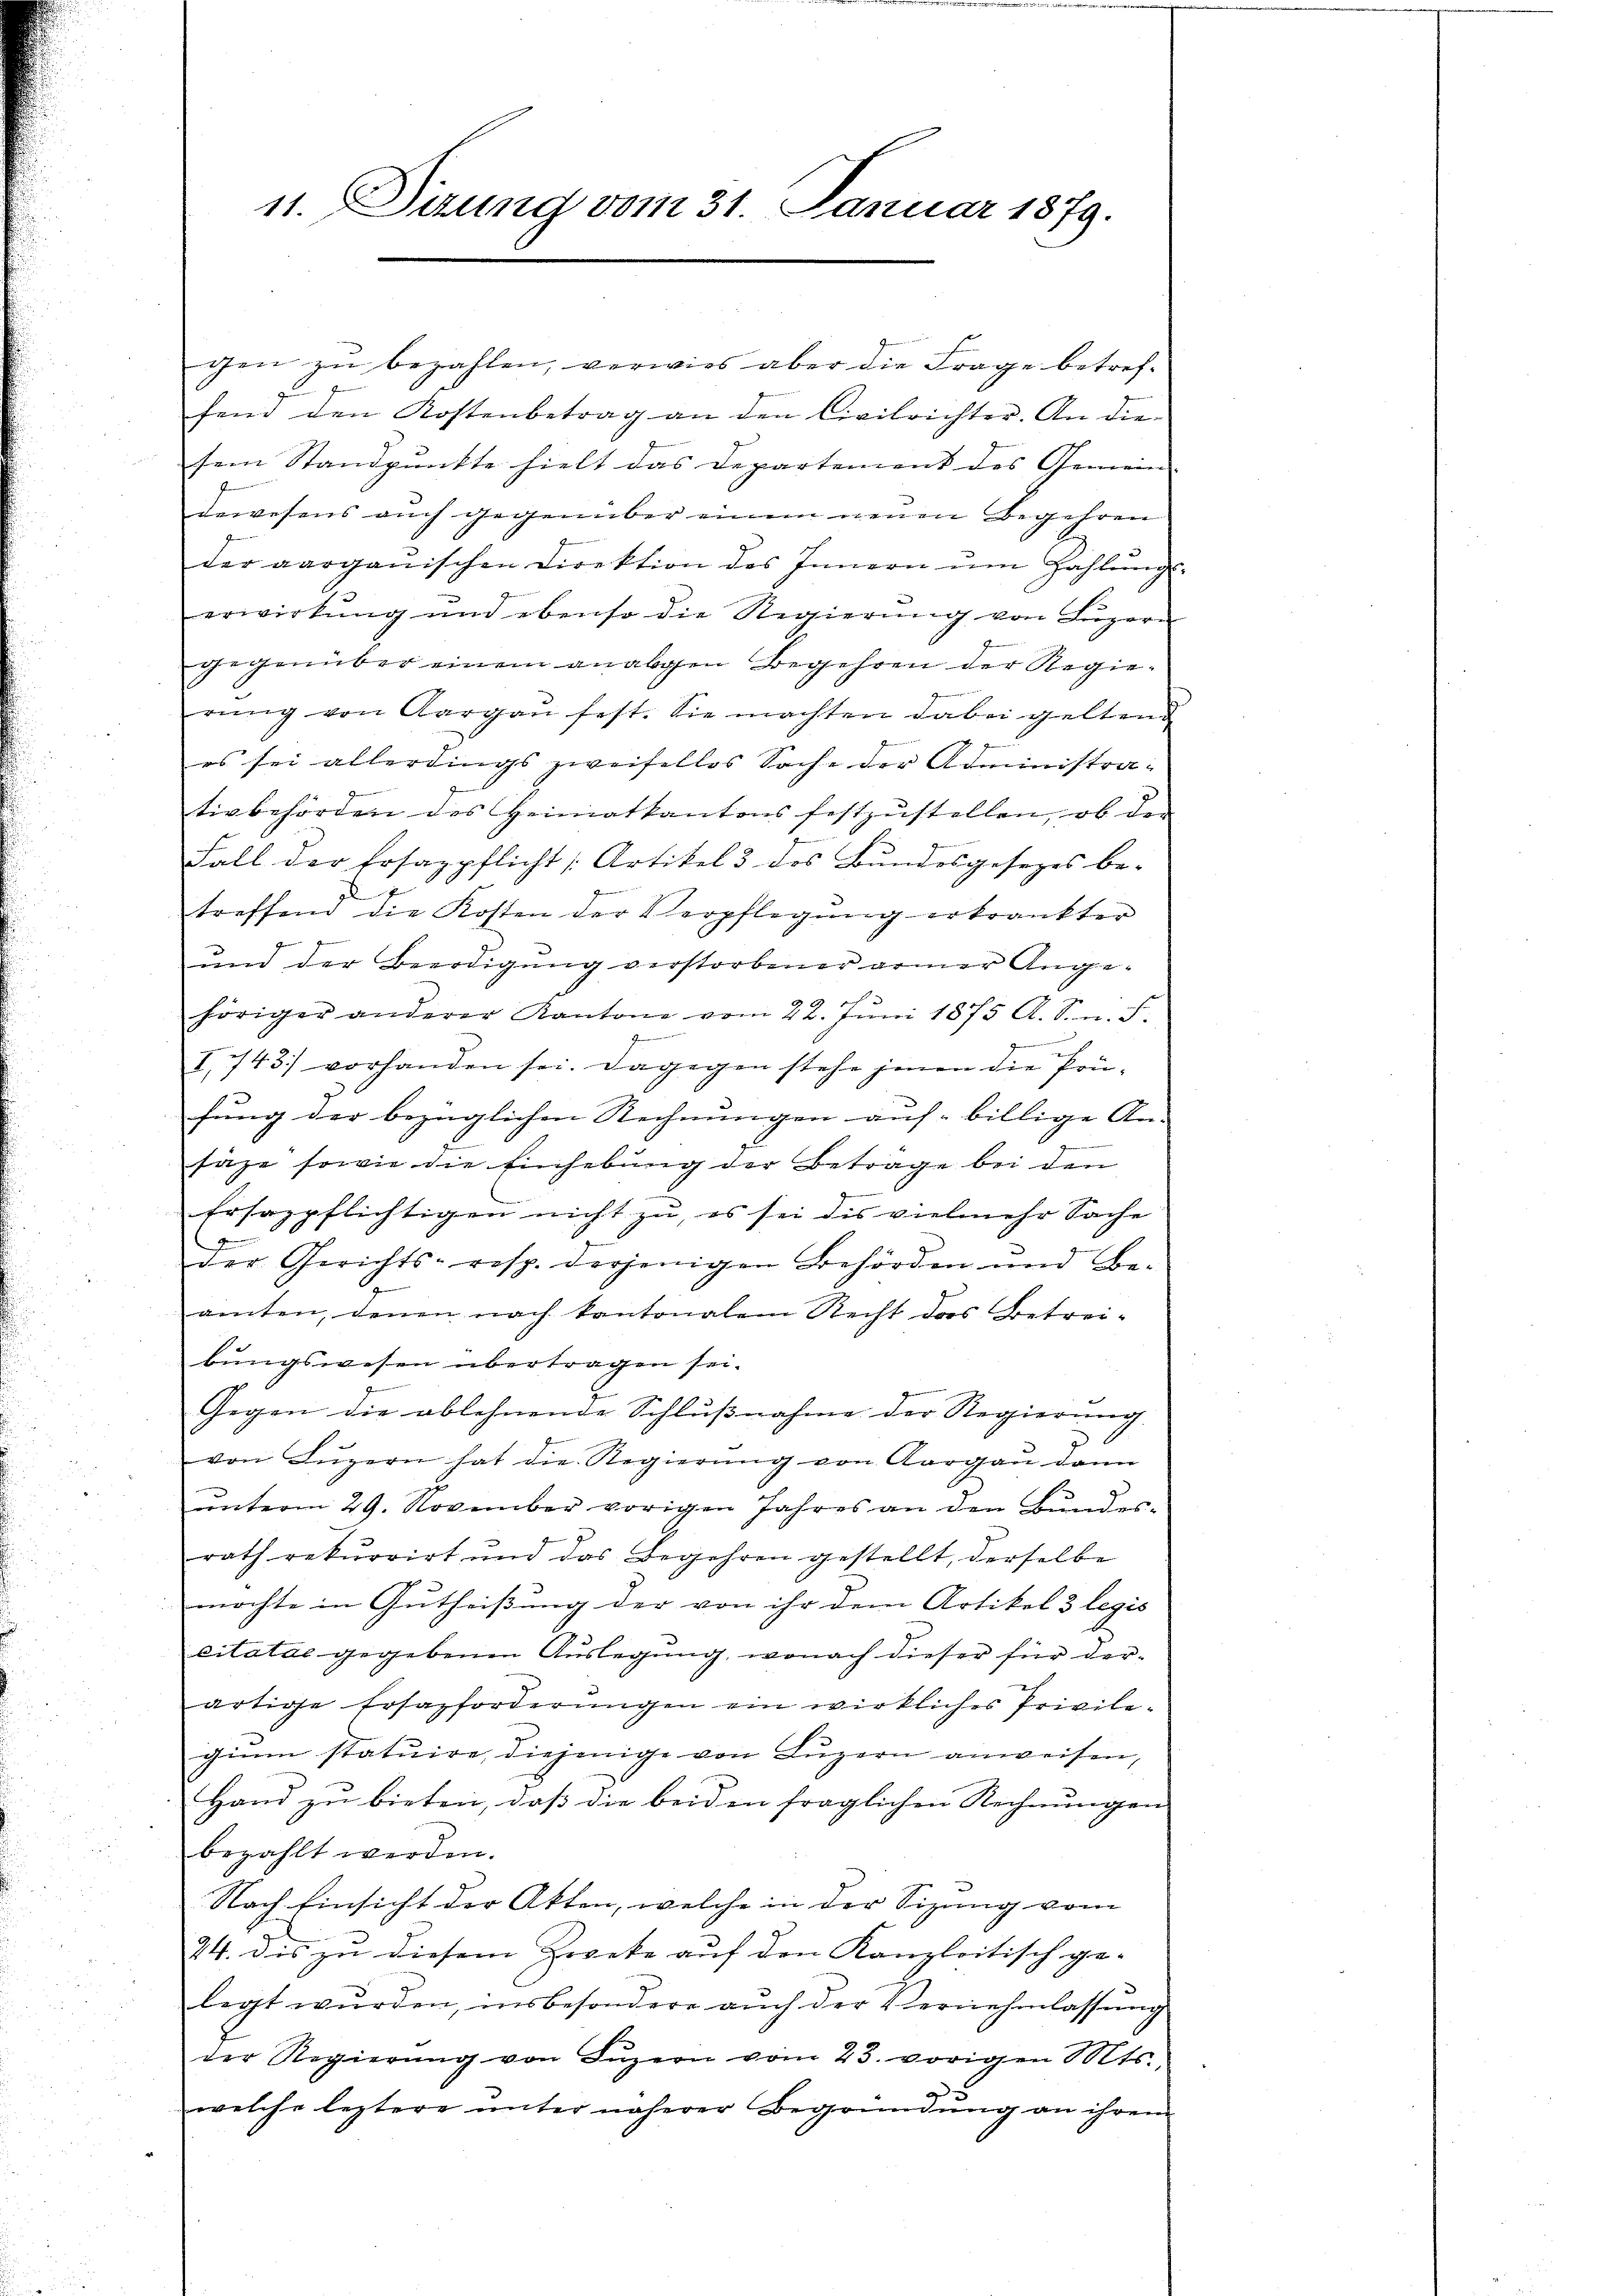
11. Sizung vom 31. Januar 1879.

gen zŭ bezahlen, verwies aber die Frage betref-
fend den Kostenbetrag an den Civilrichter. An die-
sem Standpunkte hielt das Departement des Gemein-
dewesens auch gegenüber einem neuen Begehren
der aarganischen Direktion des Innern ŭm Zahlŭngs-
erwirkung und ebenso die Regierung von Luzern
gegenüber einem anabgen Begehren der Regierŭng von Aargau fest. Sie machten dabei geltend
es sei allerdings zweifelles Sache der Administrativbehörden des Heimatkantons festzŭstellen, ob der
Fall der Ersagpflicht Artikel 3 des Bundesgesezes be-
ge
treffend die Kosten der Verpflegŭng erkrankter
und der Beerdigung verstorbener armer Angehöriger anderer Kantone vom 22. Jŭni 1875 A. S. n. F.
.

I,743 vorhanden sei. Dagegen stehe jenen die Prüfung der bezüglichen Rechnungen auf billige An-
säze sowie die Einhebung der Betrage bei den
frsazpflichtigen nicht zu, es sei dis vielmehr Sache
der Gerichts- resp. derjenigen Behörden und Be-
amten, denen nach kantonalem Recht das Betreibungswesen übertragen sei.
Gegen die ablehnende Schlußnahme der Regierung
von Lŭzern hat die Regierung von Aargau dann
unterm 29. November vorigen Jahres an den Bundes-
rath rekurrirt und das Begehren gestellt, derselbe
möchte in Gutheißung der von ihr dem Artikel 3 legis
citatae gegebenen Aŭslegung, wonach dieser für der-
artige Ersazforderungen ein wirkliches Privilegium statuire, diejenige von Luzern anweisen,
Hand zu bieten, daß die beiden fraglichen Rechnungen
bezahlt werden.
Nach Einsicht der Akten, welche in der Sizung vom
24. dis zu diesem Zepete auf den Kanzleitisch ge-
legt wurden, insbesondere auch der Vernehmlassung
der Regierŭng von Inzern vom 23. vorigen Mts.,
welche leztere unter näherer Begründung an ihrem